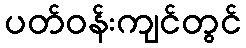
ပတ်ဝန်းကျင်တွင်